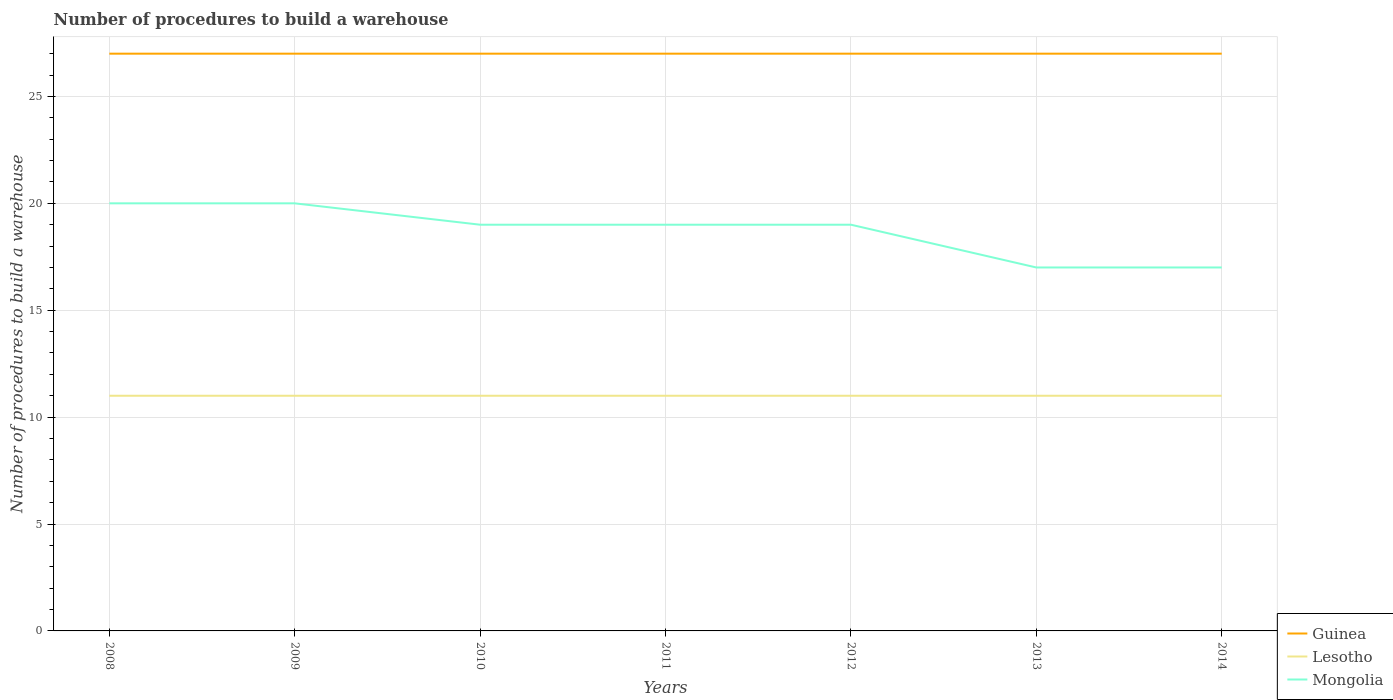
| Years | Guinea | Lesotho | Mongolia |
 | --- | --- | --- | --- |
 | 2008 | 27 | 11 | 20 |
 | 2009 | 27 | 11 | 20 |
 | 2010 | 27 | 11 | 19 |
 | 2011 | 27 | 11 | 19 |
 | 2012 | 27 | 11 | 19 |
 | 2013 | 27 | 11 | 17 |
 | 2014 | 27 | 11 | 17 |